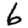
Digit: 6